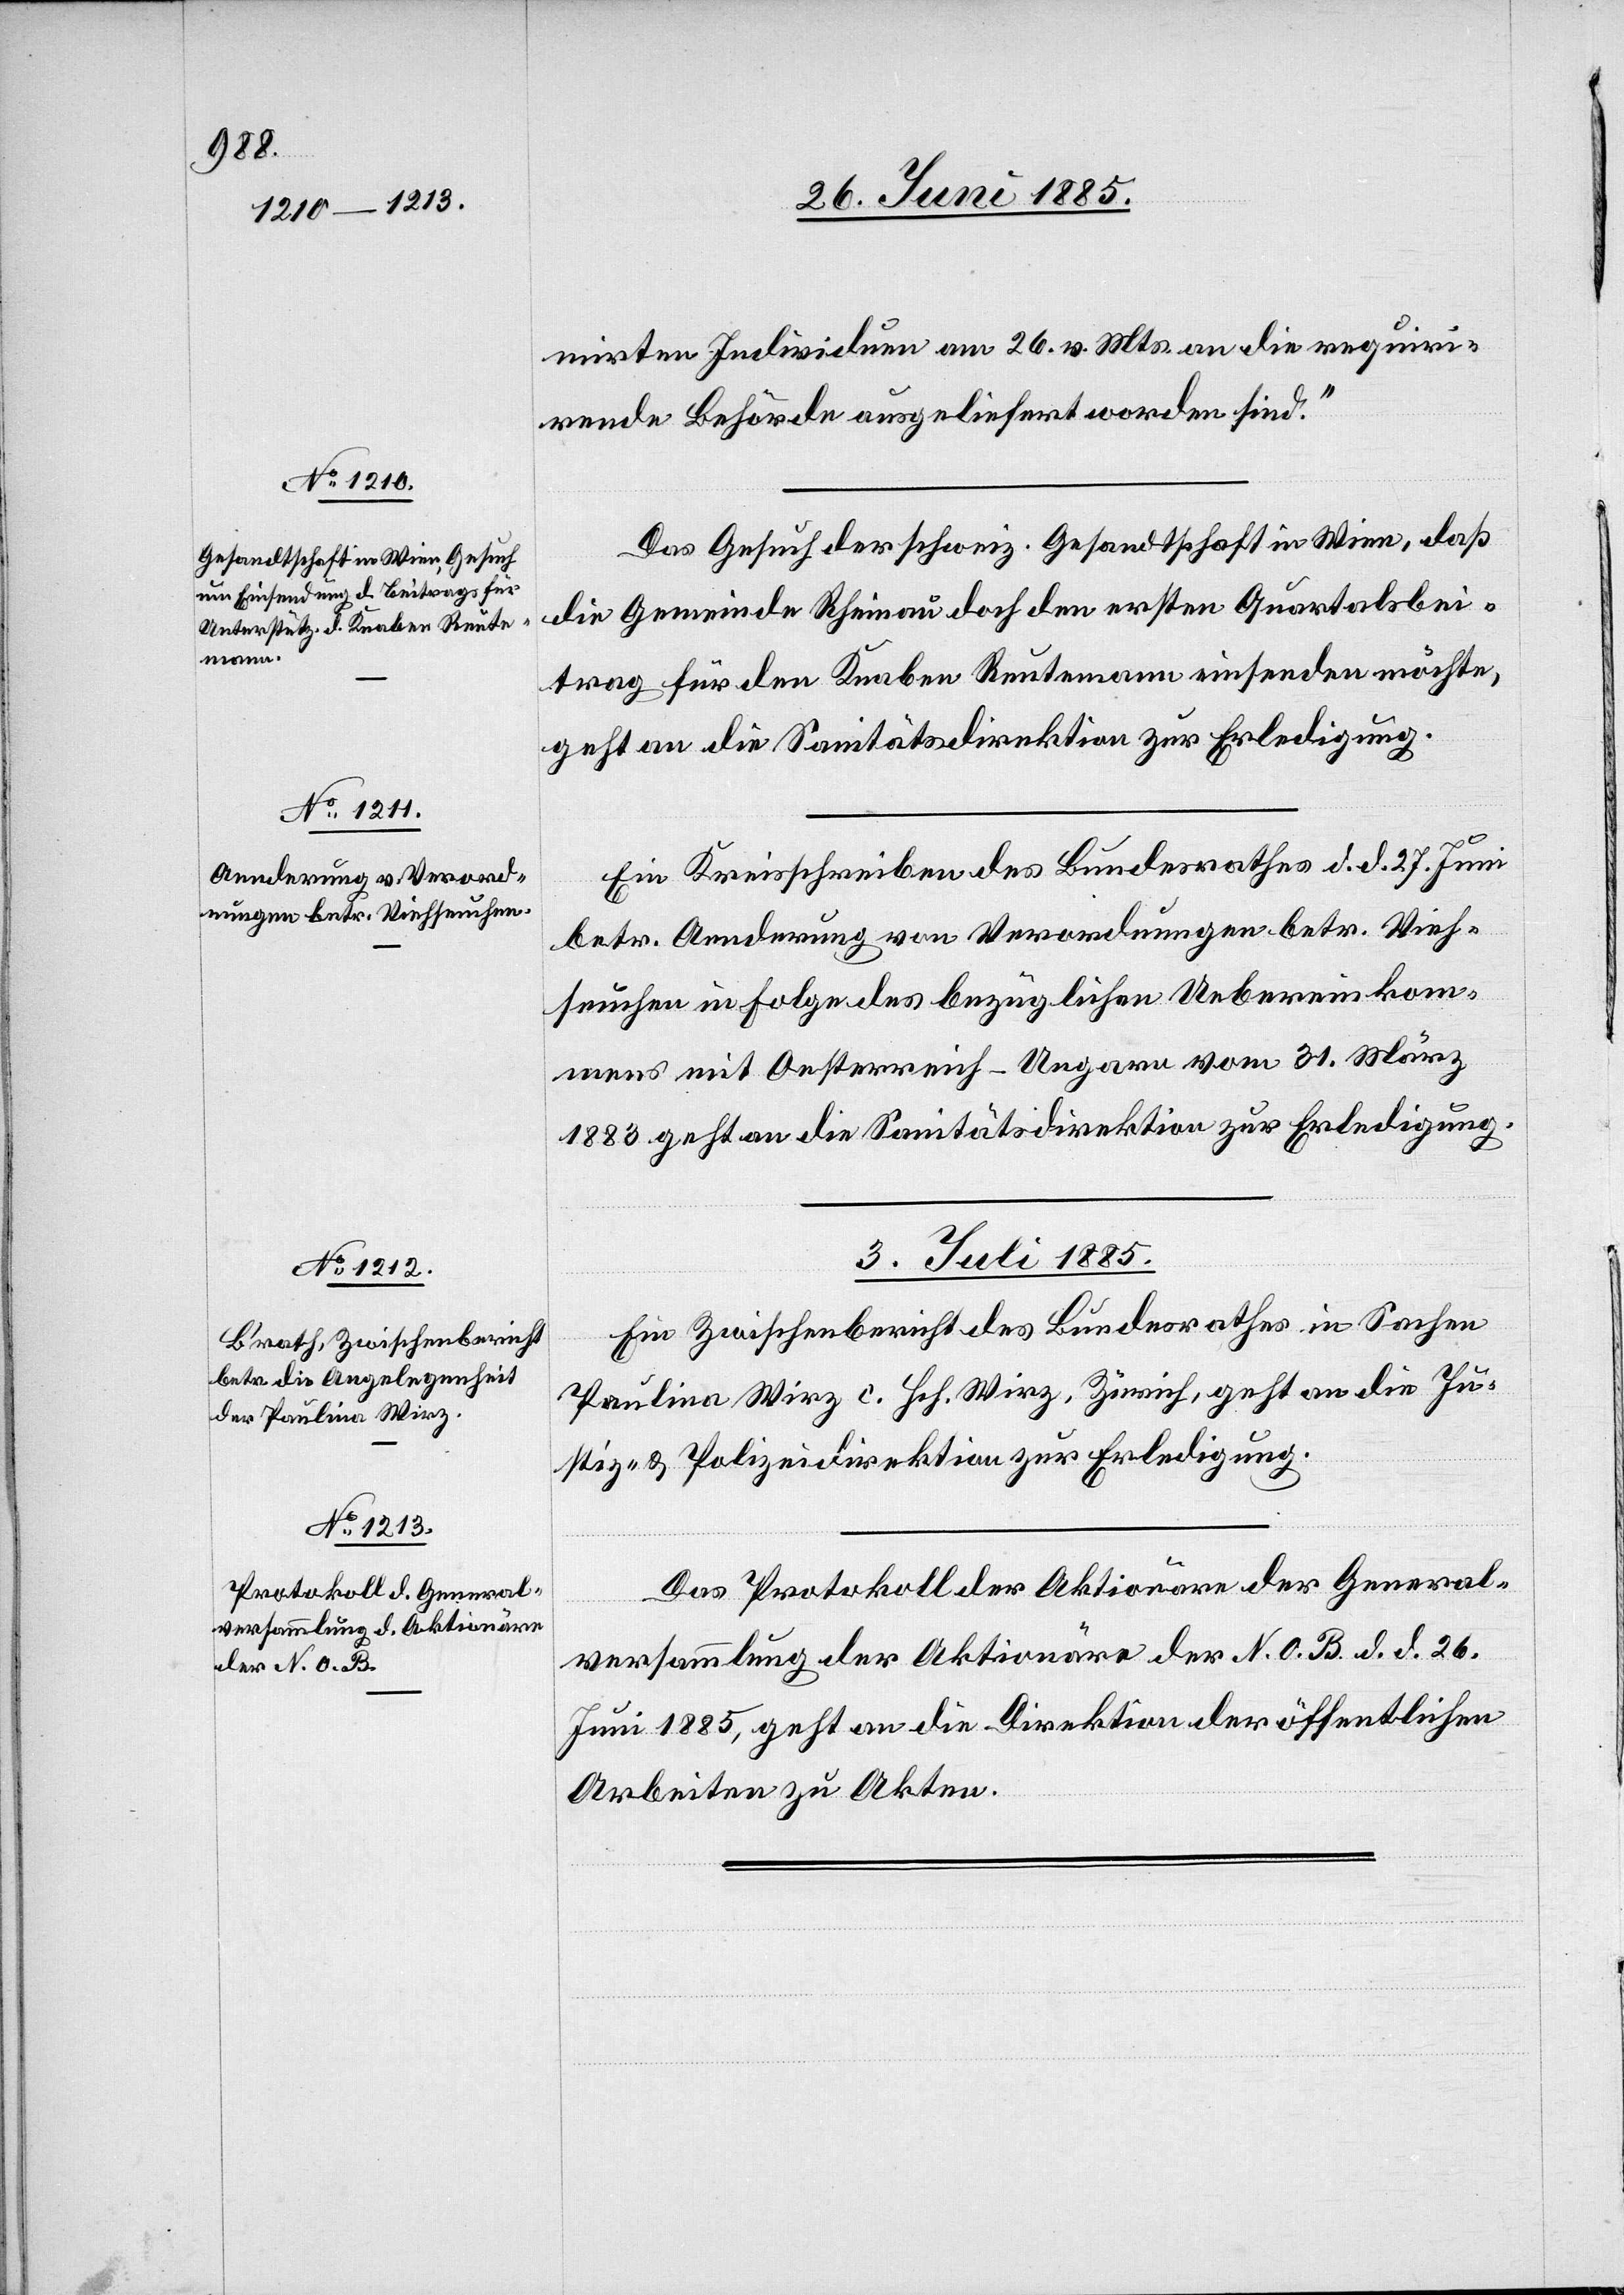
versammlung der Aktionäre
der N. O. B.

mirten Individuen am 26. v. Mts. an die requiri¬
rende Behörde ausgeliefert worden sind.“
Das Gesuch der schweiz. Gesandtschaft in Wien, daß
die Gemeinde Rheinau doch den ersten Quartalsbei¬
trag für den Knaben Reutemann einsenden möchte,
geht an die Sanitätsdirektion zur Erledigung.
Ein Kreisschreiben des Bundesrathes d. d. 27. Juni
betr. Aenderung von Verordnungen betr. Vieh¬
seuchen in Folge des bezüglichen Uebereinkom¬
mens mit Oesterreich-Ungarn vom 31. März
1883 geht an die Sanitätsdirektion zur Erledigung.
03. Juli 1885.]
Ein Zwischenbericht des Bundesrathes in Sachen
Pauline Wirz c. Hch. Wirz, Zürich, geht an die Ju¬
stiz- & Polizeidirektion zur Erledigung.
Das Protokoll der Aktionäre der General¬
Juni 1885, geht an die Direktion der öffentlichen
26.
Arbeiten zu Akten.